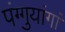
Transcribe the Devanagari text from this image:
पंग्गुयांगां